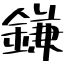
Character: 鎌